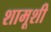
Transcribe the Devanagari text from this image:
शामूशी